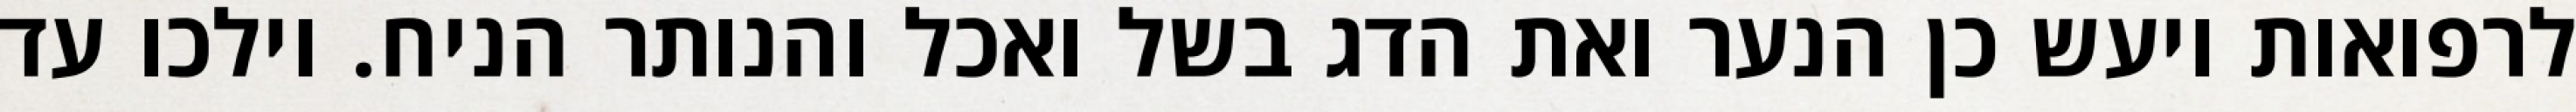
לרפואות ויעש כן הנער ואת הדג בשל ואכל והנותר הניח. וילכו עד